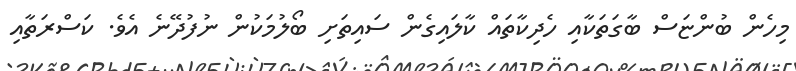
މިހެން ބުންޏަސް ބާގަތަކާއި ހެދިކާތައް ކާލައިގެން ސައިތަށި ބޯލުމަކުން ނުފުދޭނެ އެވެ. ކަސްރަތާއި